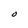
Character: 0